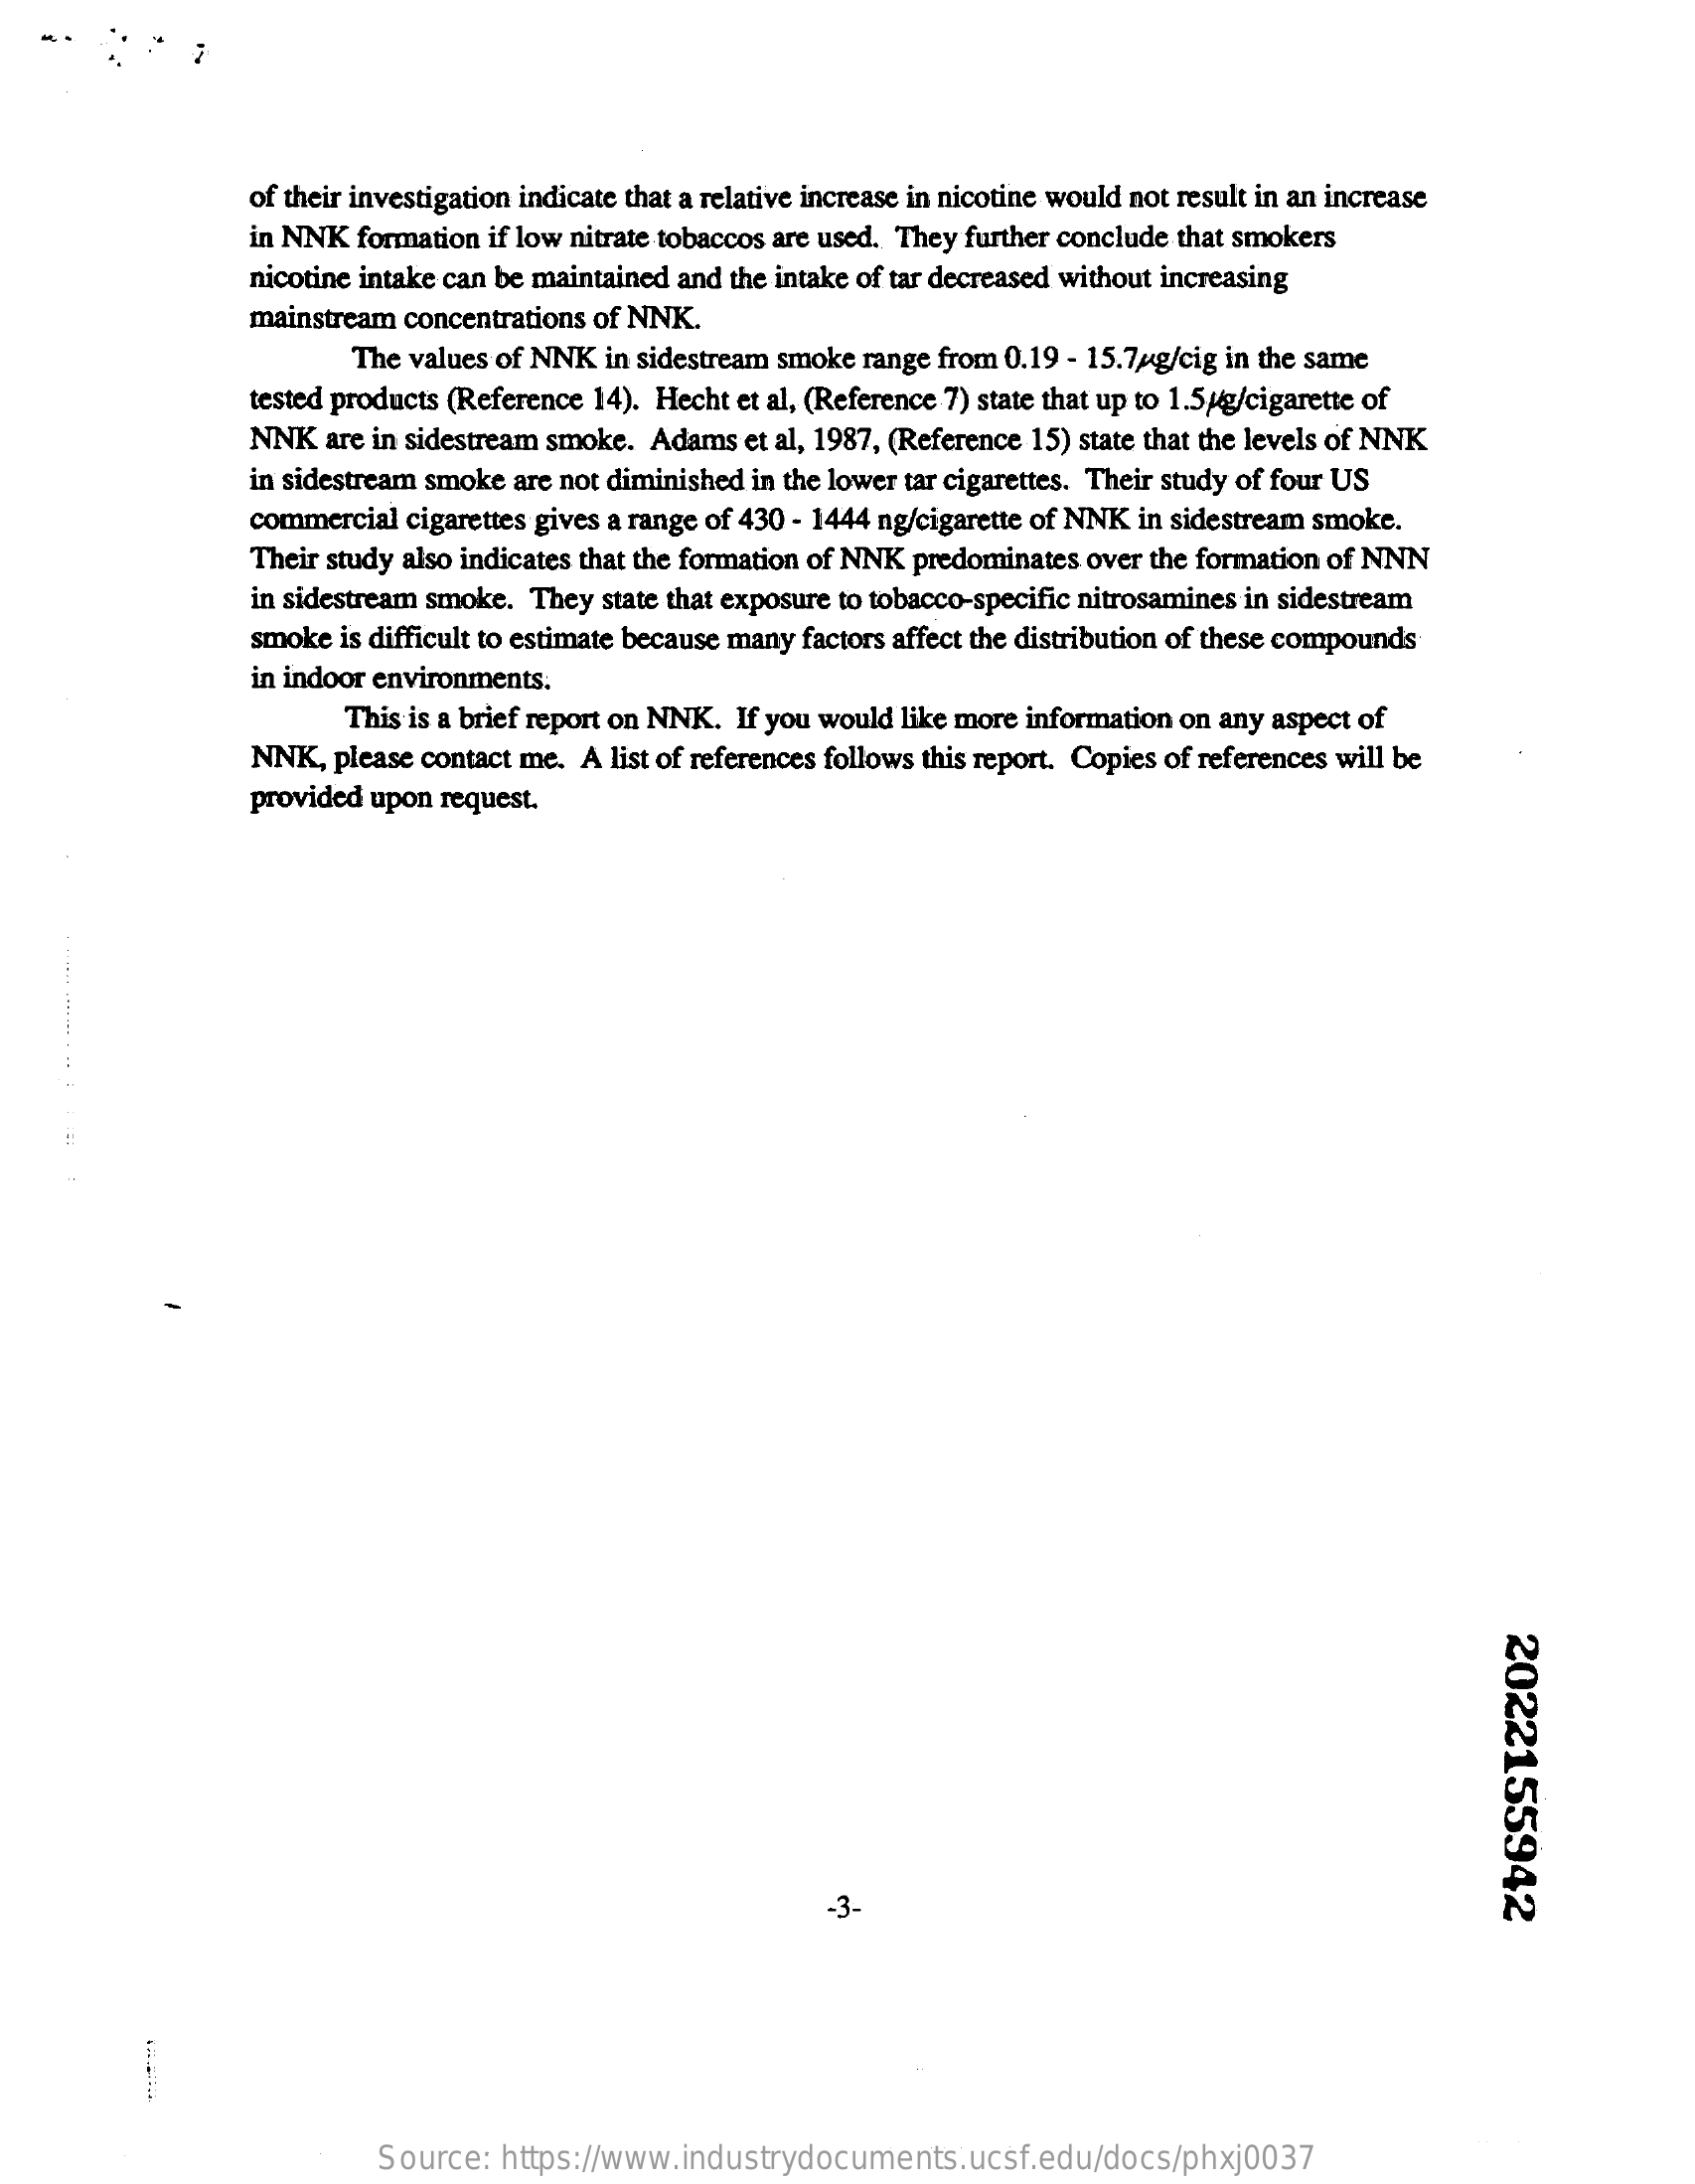
of their investigation indicate that a relative increase in nicotine would not result in an increase
     in NNK formation if low nitrate tobaccos are used. They further conclude that smokers
     nicotine intake can be maintained and the intake of tar decreased without increasing
     mainstream concentrations of NNK.
     The values of NNK in sidestream smoke range from 0.19 - 15.7ug/cig in the same
     tested products (Reference 14). Hecht et al, (Reference 7) state that up to 1.5/g/cigarette of
     NNK  are in sidestream smoke. Adams et al, 1987, (Reference 15) state that the levels of NNK
     in sidestream smoke are not diminished in the lower tar cigarettes. Their study of four US
     commercial cigarettes gives a range of 430 - 1444 ng/cigarette of NNK in sidestream smoke.
     Their study also indicates that the formation of NNK predominates over the formation of NNN
     in sidestream smoke. They state that exposure to tobacco-specific nitrosamines in sidestream
     smoke is difficult to estimate because many factors affect the distribution of these compounds
     in indoor environments.
     This is a brief report on NNK. If you would like more information on any aspect of
     NNK,  please contact me. A list of references follows this report. Copies of references will be
     provided upon request.
     2022155942
     -3.
     Source:  https://www.industrydocuments.ucsf.edu/docs/phxj0037